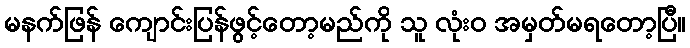
မနက်ဖြန် ကျောင်းပြန်ဖွင့်တော့မည်ကို သူ လုံးဝ အမှတ်မရတော့ပြီ။